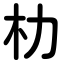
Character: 朸